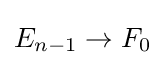
E_{n-1}\rightarrow F_{0}